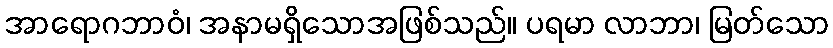
အာရောဂဘာဝံ၊ အနာမရှိသောအဖြစ်သည်။ ပရမာ လာဘာ၊ မြတ်သော